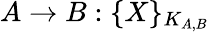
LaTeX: A\rightarrow B:\{ X\} _{K_{A,B}}